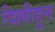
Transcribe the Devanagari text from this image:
दिल्लीहुन